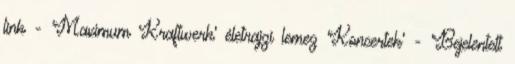
link - 'Maximum Kraftwerk' életrajzi lemez 'Koncertek' - 'Bejelentett